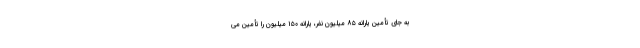
به جای تأمین یارانه ۸۵ میلیون نفر، یارانه ۱۵۰ میلیون را تأمین می‌